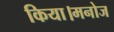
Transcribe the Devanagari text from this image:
किया।मनोज